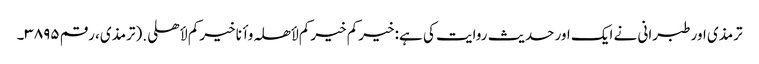
ترمذی اور طبرانی نے ایک اور حدیث روایت کی ہے: خیرکم خیرکم لأھلہ وأنا خیرکم لأھلی.(ترمذی، رقم ۳۸۹۵۔